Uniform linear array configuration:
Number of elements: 16
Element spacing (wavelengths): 1
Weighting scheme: hann
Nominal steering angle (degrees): -60
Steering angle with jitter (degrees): -61.605
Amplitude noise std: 0.05
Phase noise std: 0.05

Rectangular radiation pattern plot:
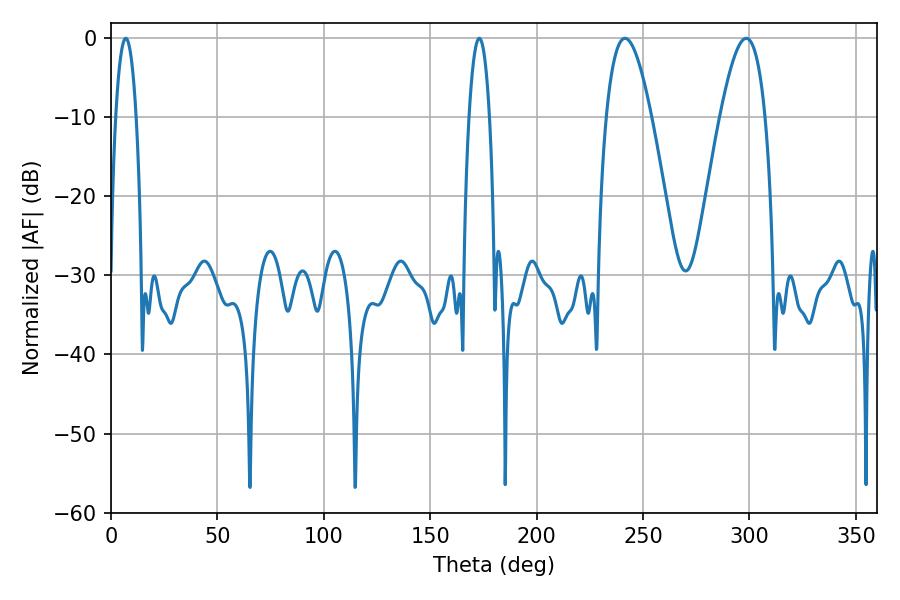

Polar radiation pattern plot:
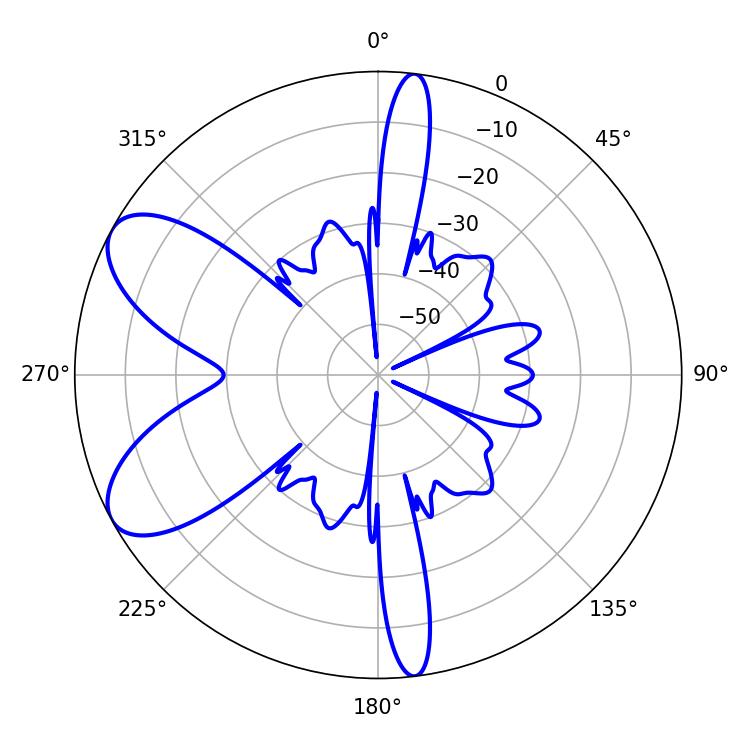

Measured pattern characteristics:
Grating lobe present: TRUE
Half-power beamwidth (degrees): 11.52
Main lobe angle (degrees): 241.56